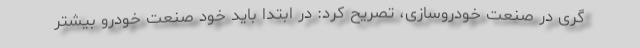
گری در صنعت خودروسازی، تصریح کرد: در ابتدا باید خود صنعت خودرو بیشتر